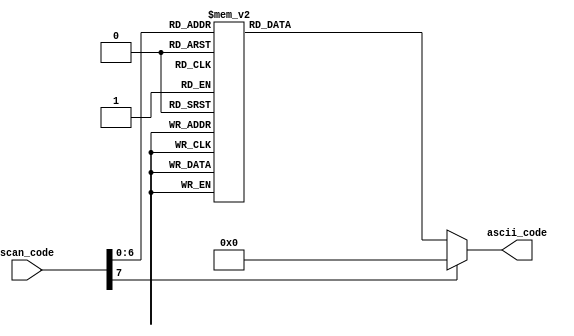
module scan_to_ascii (
    input wire [7:0] scan_code,
    output reg [7:0] ascii_code
);

always @(scan_code) begin
    case (scan_code)
        // a-z
        8'h1C: ascii_code = "a";
        8'h32: ascii_code = "b";
        8'h21: ascii_code = "c";
        8'h23: ascii_code = "d";
        8'h24: ascii_code = "e";
        8'h2B: ascii_code = "f";
        8'h34: ascii_code = "g";
        8'h33: ascii_code = "h";
        8'h43: ascii_code = "i";
        8'h3B: ascii_code = "j";
        8'h42: ascii_code = "k";
        8'h4B: ascii_code = "l";
        8'h3A: ascii_code = "m";
        8'h31: ascii_code = "n";
        8'h44: ascii_code = "o";
        8'h4D: ascii_code = "p";
        8'h15: ascii_code = "q";
        8'h2D: ascii_code = "r";
        8'h1B: ascii_code = "s";
        8'h2C: ascii_code = "t";
        8'h3C: ascii_code = "u";
        8'h2A: ascii_code = "v";
        8'h1D: ascii_code = "w";
        8'h22: ascii_code = "x";
        8'h35: ascii_code = "y";
        8'h1A: ascii_code = "z";
        // 0-9
        8'h45: ascii_code = "0";
        8'h16: ascii_code = "1";
        8'h1E: ascii_code = "2";
        8'h26: ascii_code = "3";
        8'h25: ascii_code = "4";
        8'h2E: ascii_code = "5";
        8'h36: ascii_code = "6";
        8'h3D: ascii_code = "7";
        8'h3E: ascii_code = "8";
        8'h46: ascii_code = "9";
        default: ascii_code = 8'h00; // 0
    endcase
end

endmodule